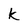
Character: k